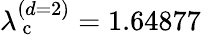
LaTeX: \lambda_{\mathrm{~c~}}^{(d=2)}=1.64877